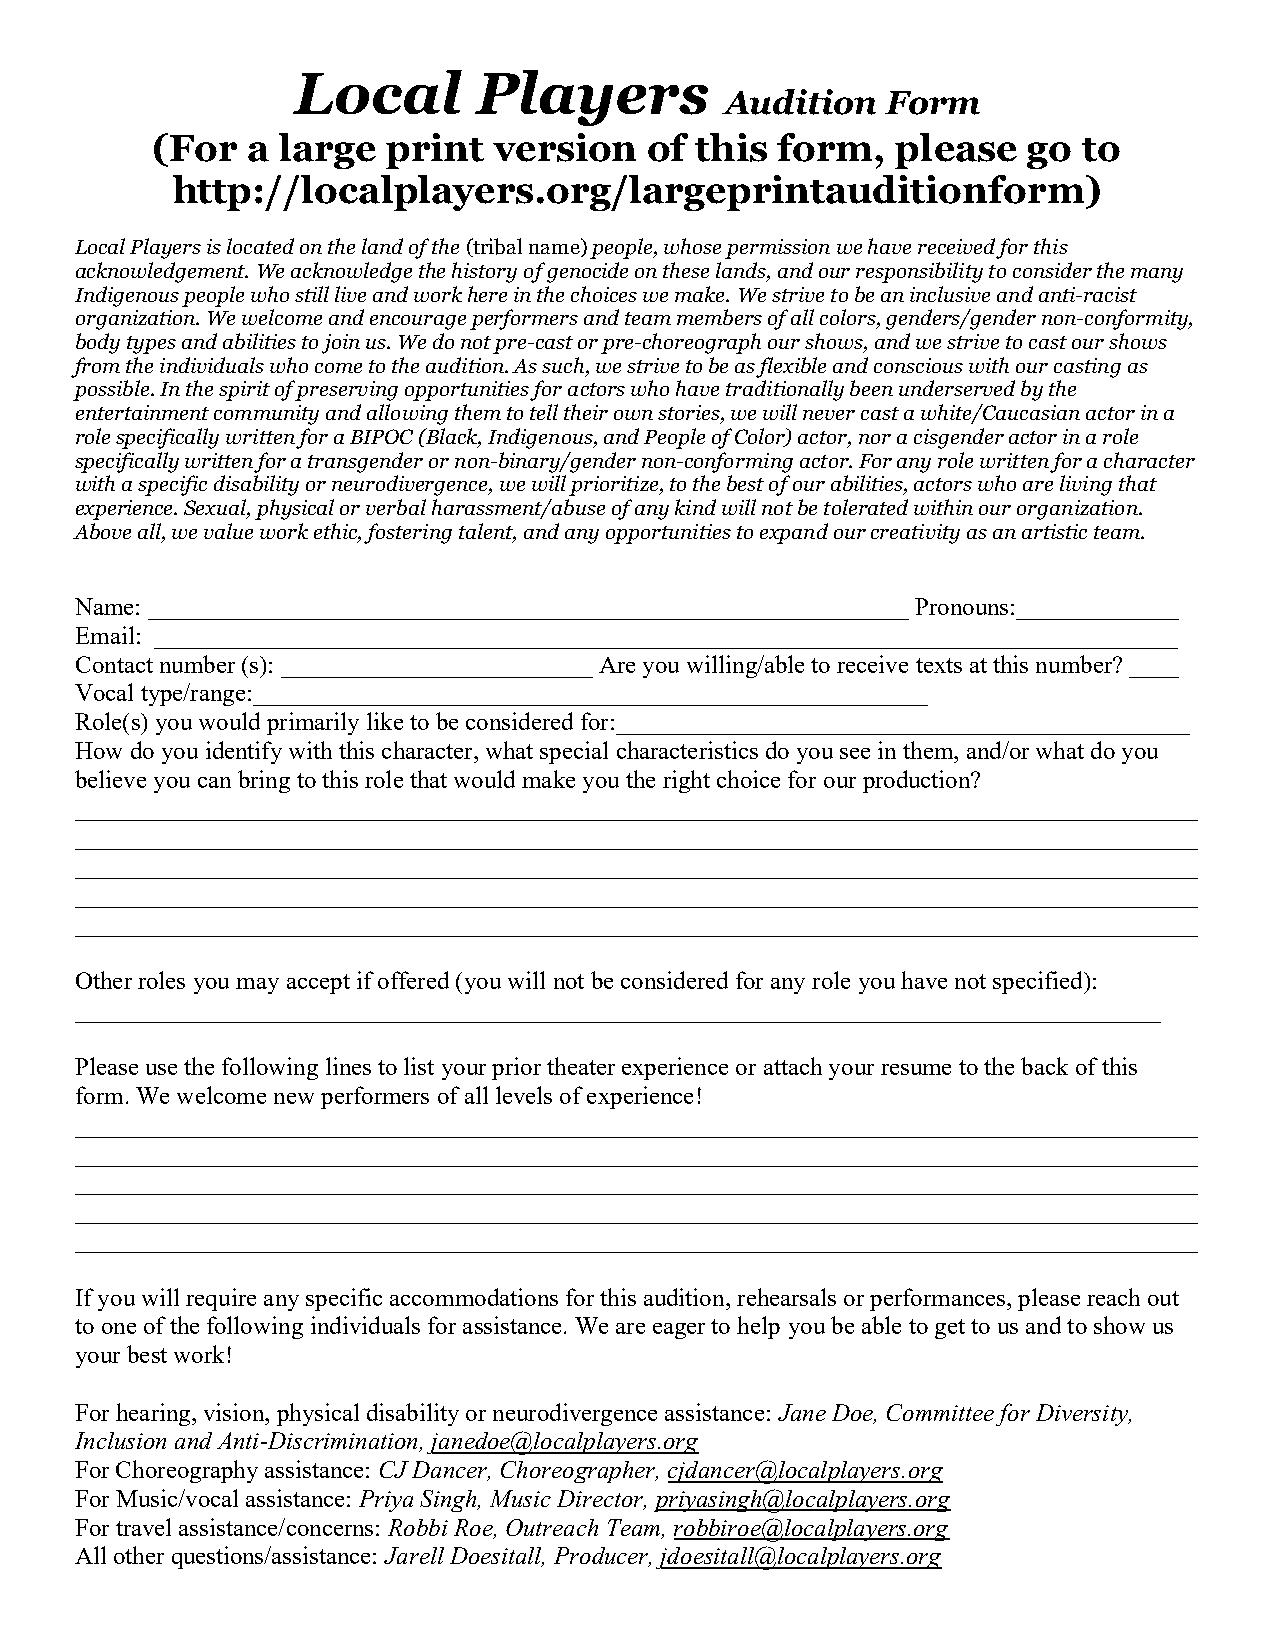
Local        Players
 Audition   Form
 (For  a large   print  version   of this  form,  please   go  to
 http://localplayers.org/largeprintauditionform)
 Local Players is located on the land of the (tribal name) people, whose permission we have received for this
 acknowledgement. We acknowledge the history of genocide on these lands, and our responsibility to consider the many
 Indigenous people who still live and work here in the choices we make. We strive to be an inclusive and anti-racist
 organization. We welcome and encourage performers and team members of all colors, genders/gender non-conformity,
 body types and abilities to join us. We do not pre-cast or pre-choreograph our shows, and we strive to cast our shows
 from the individuals who come to the audition. As such, we strive to be as flexible and conscious with our casting as
 possible. In the spirit of preserving opportunities for actors who have traditionally been underserved by the
 entertainment community and allowing them to tell their own stories, we will never cast a white/Caucasian actor in a
 role specifically written for a BIPOC (Black, Indigenous, and People of Color) actor, nor a cisgender actor in a role
 specifically written for a transgender or non-binary/gender non-conforming actor. For any role written for a character
 with a specific disability or neurodivergence, we will prioritize, to the best of our abilities, actors who are living that
 experience. Sexual, physical or verbal harassment/abuse of any kind will not be tolerated within our organization.
 Above all, we value work ethic, fostering talent, and any opportunities to expand our creativity as an artistic team.
 Name: _____________________________________________________________ Pronouns:_____________
 Email: __________________________________________________________________________________
 Contact number (s): _________________________ Are you willing/able to receive texts at this number? ____
 Vocal type/range:______________________________________________________
 Role(s) you would primarily like to be considered for:______________________________________________
 How do you identify with this character, what special characteristics do you see in them, and/or what do you
 believe you can bring to this role that would make you the right choice for our production?
 __________________________________________________________________________________________
 __________________________________________________________________________________________
 __________________________________________________________________________________________
 __________________________________________________________________________________________
 __________________________________________________________________________________________
 Other roles you may accept if offered (you will not be considered for any role you have not specified):
 _______________________________________________________________________________________
 Please use the following lines to list your prior theater experience or attach your resume to the back of this
 form. We welcome new performers of all levels of experience!
 __________________________________________________________________________________________
 __________________________________________________________________________________________
 __________________________________________________________________________________________
 __________________________________________________________________________________________
 __________________________________________________________________________________________
 If you will require any specific accommodations for this audition, rehearsals or performances, please reach out
 to one of the following individuals for assistance. We are eager to help you be able to get to us and to show us
 your best work!
 For hearing, vision, physical disability or neurodivergence assistance: Jane Doe, Committee for Diversity,
 Inclusion and Anti-Discrimination, janedoe@localplayers.org
 For Choreography assistance: CJ Dancer, Choreographer, cjdancer@localplayers.org
 For Music/vocal assistance: Priya Singh, Music Director, priyasingh@localplayers.org
 For travel assistance/concerns: Robbi Roe, Outreach Team, robbiroe@localplayers.org
 All other questions/assistance: Jarell Doesitall, Producer, jdoesitall@localplayers.org